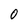
Character: 0